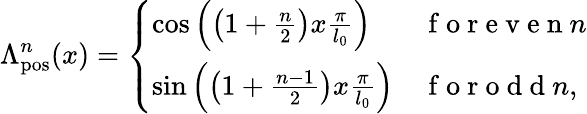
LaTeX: \Lambda_{\mathrm{pos}}^{n}(x)=\left\{ \begin{array}{ll}{\mathrm{cos}\left(\left(1+\frac{n}{2}\right)x\frac{\pi}{l_{0}}\right)}&{\mathrm{~f~o~r~e~v~e~n~}n}\\ {\mathrm{sin}\left(\left(1+\frac{n-1}{2}\right)x\frac{\pi}{l_{0}}\right)}&{\mathrm{~f~o~r~o~d~d~}n,}\end{array}\right.